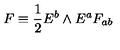
F \equiv { \frac { 1 } { 2 } } E ^ { b } \wedge E ^ { a } F _ { a b }